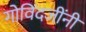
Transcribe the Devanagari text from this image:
गोविंदजींनी